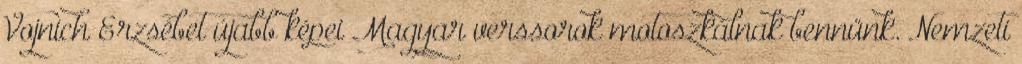
Vojnich Erzsébet újabb képei Magyar verssorok motoszkálnak bennünk. Nemzeti